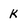
Character: k